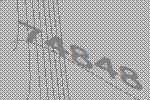
74848